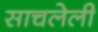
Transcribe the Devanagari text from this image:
साचलेली